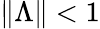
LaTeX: \| \Lambda\| <1